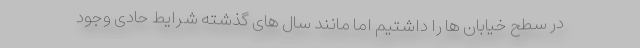
در سطح خیابان ها را داشتیم اما مانند سال های گذشته شرایط حادی وجود